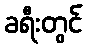
ခရီးတွင်